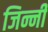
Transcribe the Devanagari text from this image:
जिन्नी